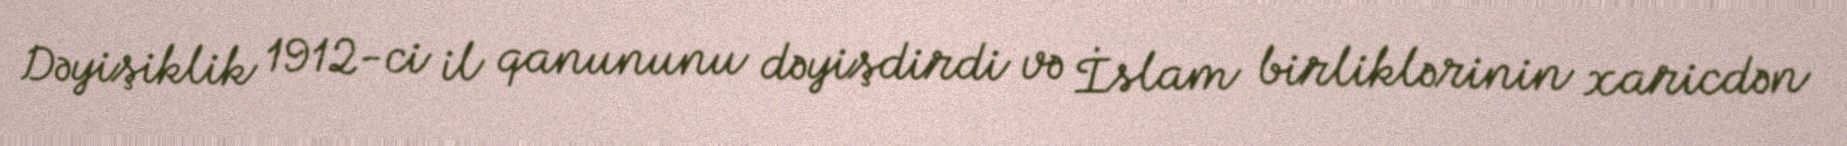
Dəyişiklik 1912-ci il qanununu dəyişdirdi və İslam birliklərinin xaricdən